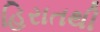
હિરાતથી